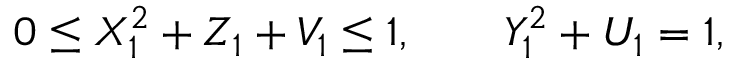
0 \leq X _ { 1 } ^ { 2 } + Z _ { 1 } + V _ { 1 } \leq 1 , \qquad Y _ { 1 } ^ { 2 } + U _ { 1 } = 1 ,